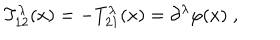
LaTeX: T _ { 1 2 } ^ { \lambda } ( x ) = - T _ { 2 1 } ^ { \lambda } ( x ) = \partial ^ { \lambda } \varphi ( x ) \; ,